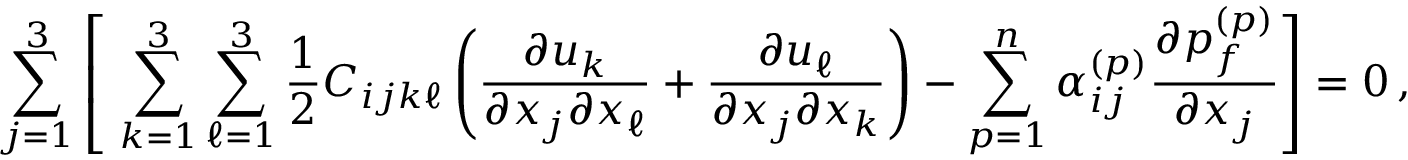
\sum _ { j = 1 } ^ { 3 } \left[ \, \, \sum _ { k = 1 } ^ { 3 } \sum _ { \ell = 1 } ^ { 3 } \frac { 1 } { 2 } C _ { i j k \ell } \left( \frac { \partial u _ { k } } { \partial { x _ { j } } \partial { x _ { \ell } } } + \frac { \partial u _ { \ell } } { \partial { x _ { j } } \partial { x _ { k } } } \right) - \sum _ { p = 1 } ^ { n } \alpha _ { i j } ^ { ( p ) } \frac { \partial { p _ { f } ^ { ( p ) } } } { \partial { x _ { j } } } \right] = 0 \, ,